Scottish Leaving Certificate Examination, 1957
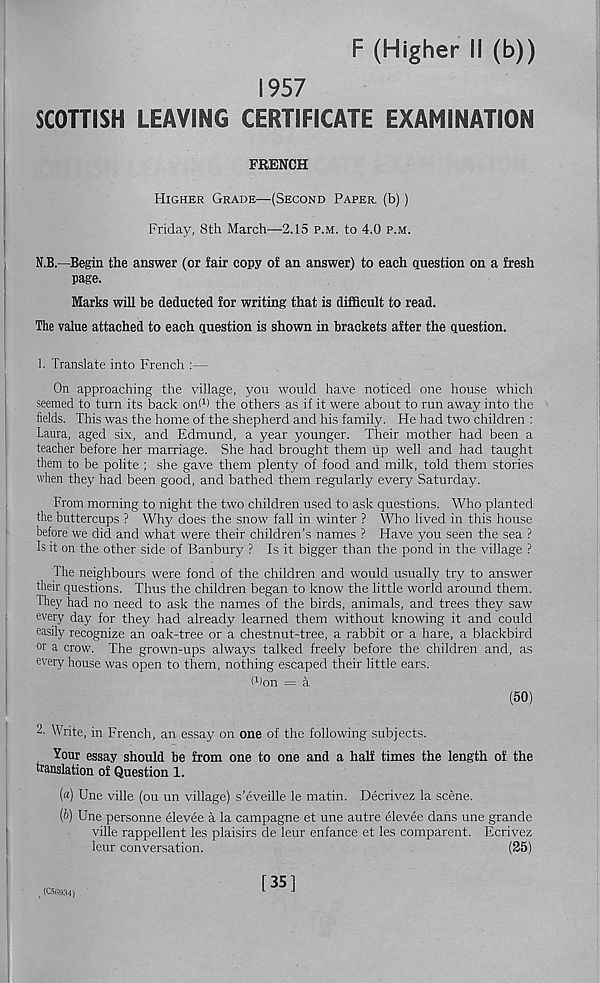
F (Higher II (b))
1957
SCOTTISH LEAVING CERTIFICATE EXAMINATION
FRENCH
Higher Grade—(Second Paper, (b))
Friday, 8th March—2.15 p.m. to 4.0 p.m.
N.B.—Begin the answer (or fair copy of an answer) to each question on a fresh
page.
Marks will be deducted for writing that is difficult to read.
The value attached to each question is shown in brackets after the question.
1. Translate into French :—
On approaching the village, you would have noticed one house which
seemed to turn its back onh) the others as if it were about to run away into the
fields. This was the home of the shepherd and his family. He had two children :
Laura, aged six, and Edmund, a year younger. Their mother had been a
teacher before her marriage. She had brought them up well and had taught
them to be polite ; she gave them plenty of food and milk, told them stories
when they had been good, and bathed them regularly every Saturday.
From morning to night the two children used to ask questions. Who planted
the buttercups ? Why does the snow fall in winter ? Who lived in this house
before we did and what were their children’s names ? Have you seen the sea ?
Is it on the other side of Banbury ? Is it bigger than the pond in the village ?
The neighbours were fond of the children and would usually try to answer
their questions. Thus the children began to know the little world around them.
They had no need to ask the names of the birds, animals, and trees they saw
every day for they had already learned them without knowing it and could
easily recognize an oak-tree or a chestnut-tree, a rabbit or a hare, a blackbird
or a crow. The grown-ups always talked freely before the children and, as
every house was open to them, nothing escaped their little ears.
Won = a
(50)
L Write, in French, an essay on one of the following subjects.
Your essay should be from one to one and a half times the length of the
translation of Question 1.
(a) Une ville (on un village) s’eveille le matin. Decrivez la scene.
(b) Une personne elevee a la campagne et une autre elevee dans une grande
ville rappellent les plaisirs de leur enfance et les comparent. Ecrivez
leur conversation.
(25)
t (C5fi9$i)
[35]